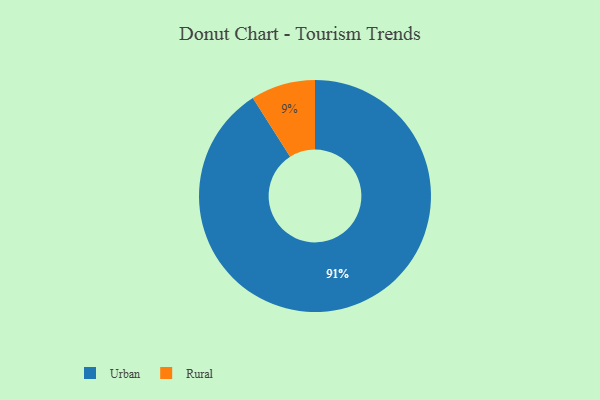
{"axis": {"x": "Category", "y": "Percentage"}, "legend": ["Rural", "Urban"], "data": [{"x": "Rural", "y": 9, "type": "Rural"}, {"x": "Urban", "y": 91, "type": "Urban"}]}